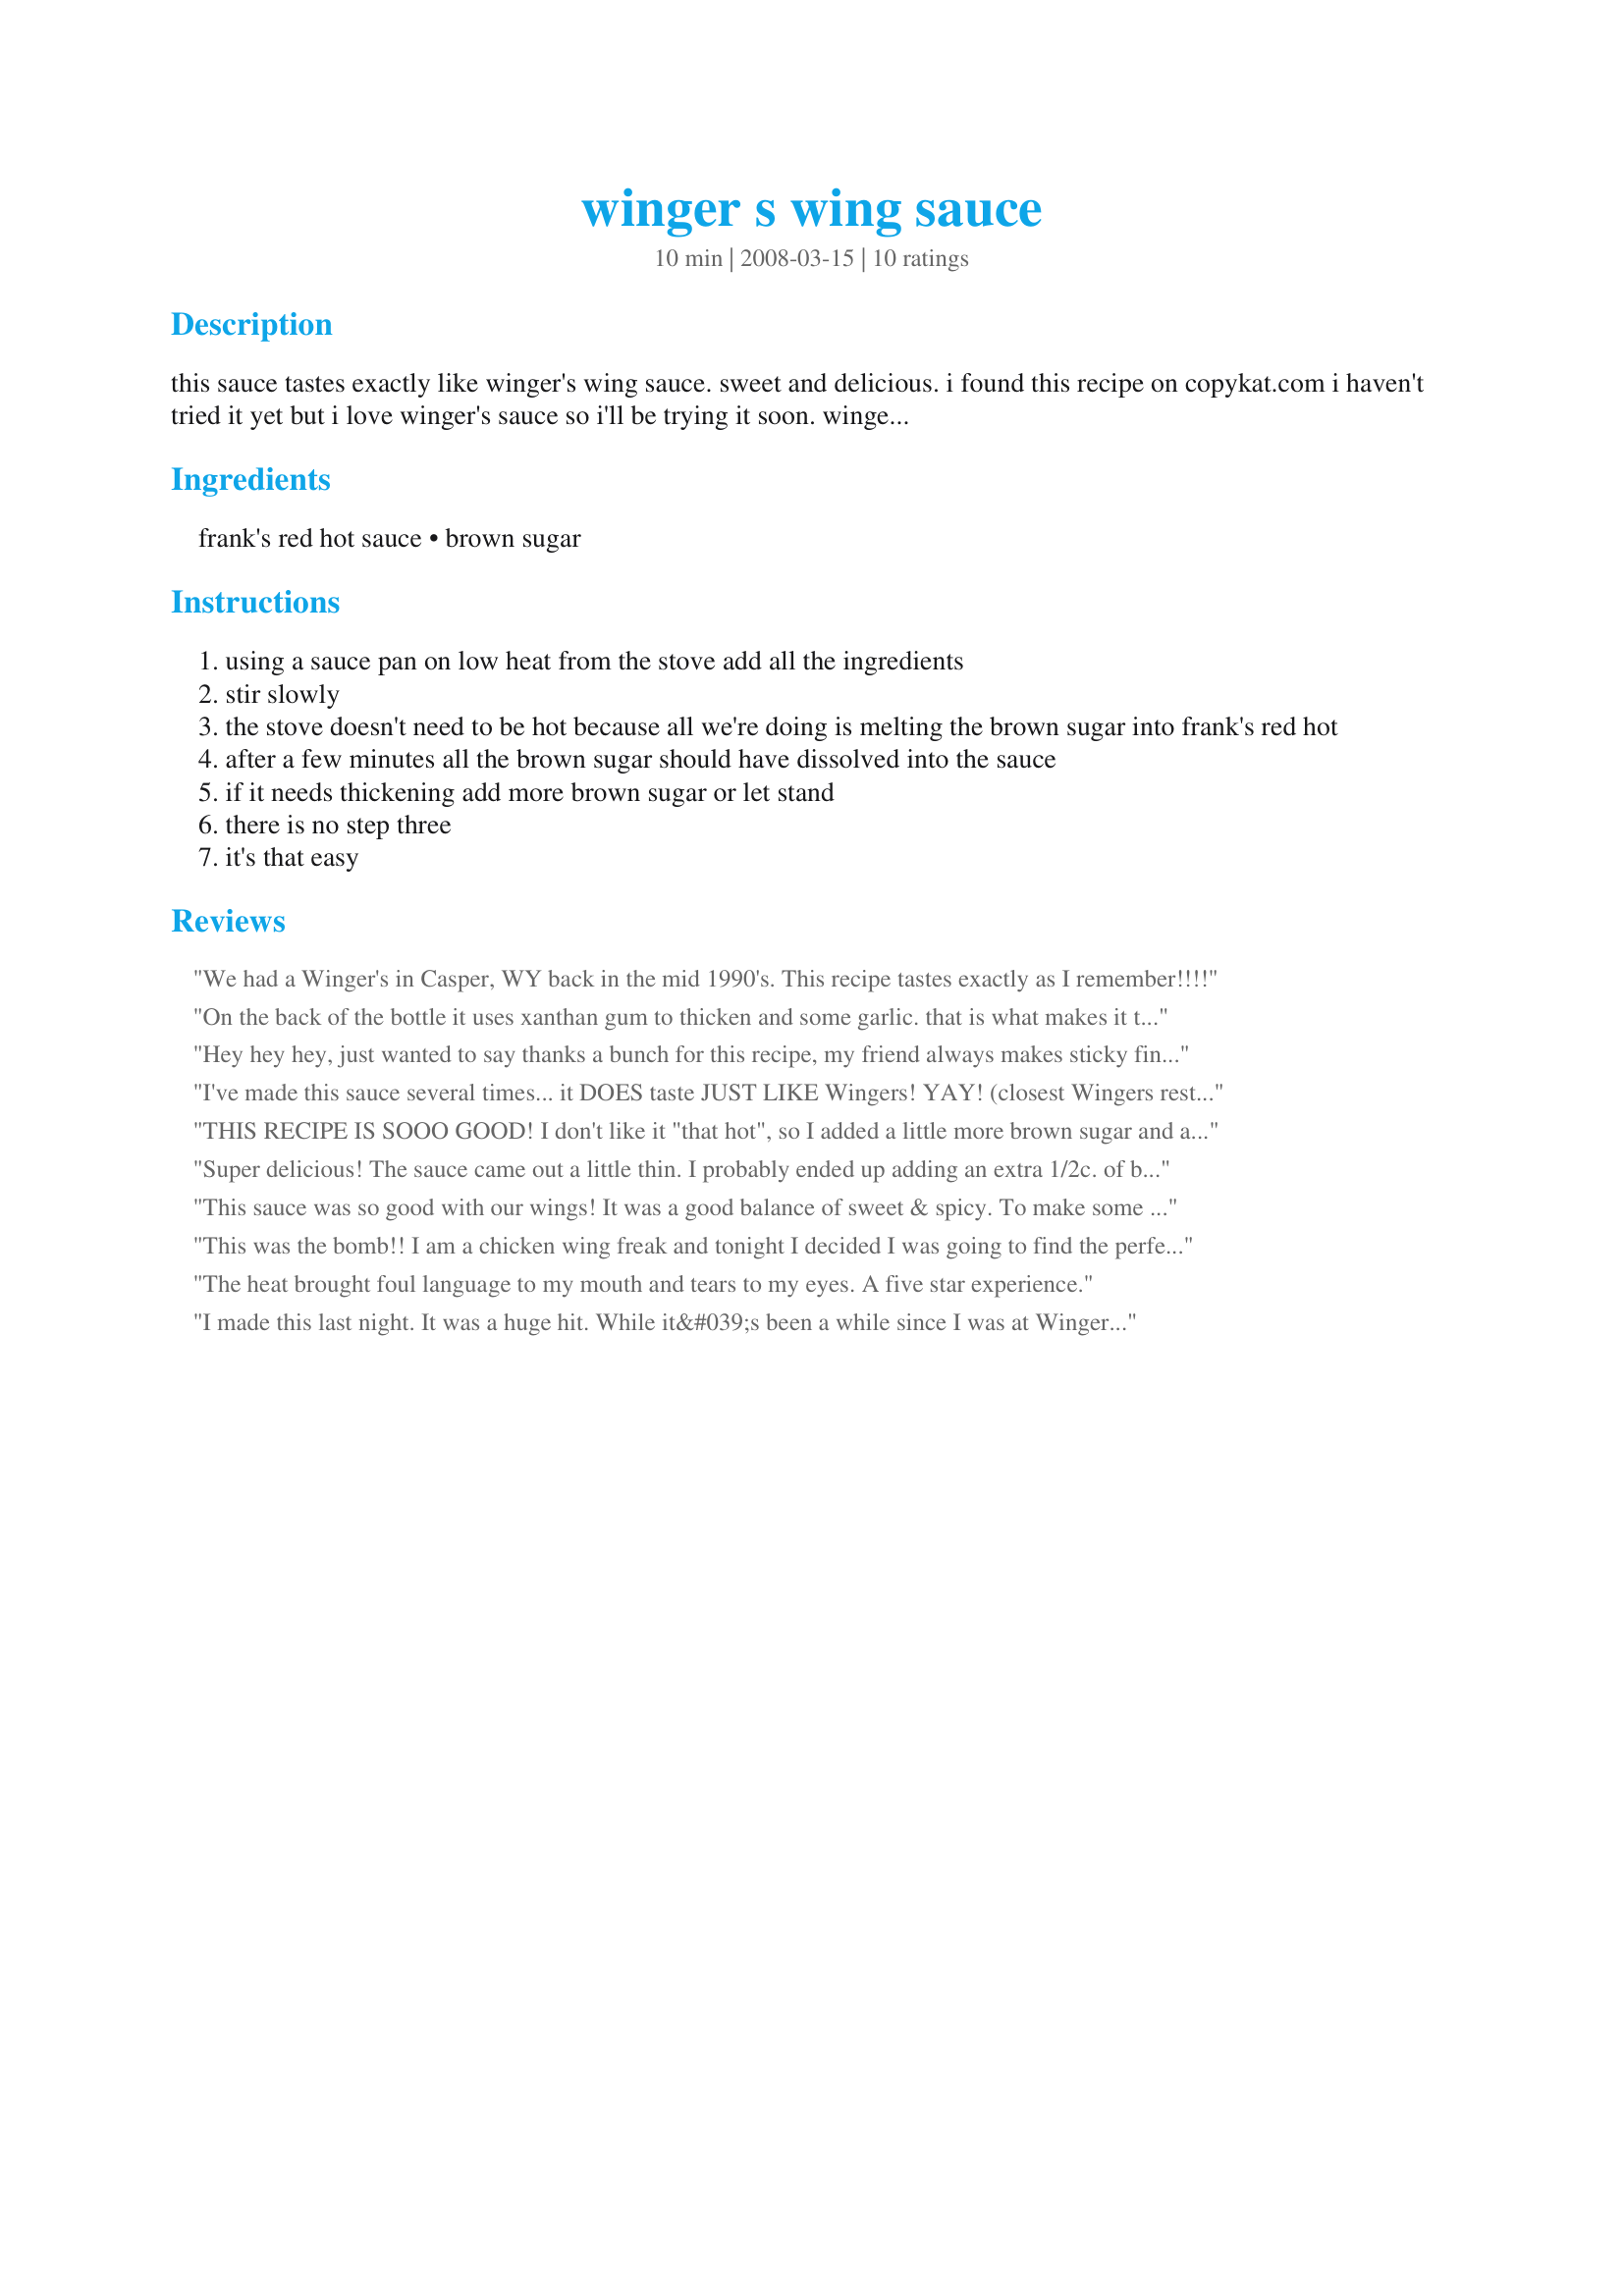
winger s wing sauce
Preparation time: 10 minutes

this sauce tastes exactly like winger's wing sauce. sweet and delicious.

i found this recipe on copykat.com i haven't tried it yet but i love winger's sauce so i'll be trying it soon. winger's wing sauce is great on more than just wings. i use it on chicken breast sandwiches, chicken and rice and even on veggies. it's got a sweet taste and goes great on just about anything.

Ingredients:
frank's red hot sauce, brown sugar

Steps:
using a sauce pan on low heat from the stove add all the ingredients
stir slowly
the stove doesn't need to be hot because all we're doing is melting the brown sugar into frank's red hot
after a few minutes all the brown sugar should have dissolved into the sauce
if it needs thickening add more brown sugar or let stand
there is no step three
it's that easy

Reviews:
We had a Winger's in Casper, WY back in the mid 1990's. This recipe tastes exactly as I remember!!!!
On the back of the bottle it uses xanthan gum to thicken and some garlic. that is what makes it thick and sticky.
Hey hey hey, just wanted to say thanks a bunch for this recipe, my friend always makes sticky fingers with this stuff and its soo good, he never told me the recipe though -_-<br/>Thank you for the simple ingredients!! really good :)
I've made this sauce several times... it DOES taste JUST LIKE Wingers! YAY! (closest Wingers restaurant to me is 90 miles!)<br/><br/> But it does not keep in the fridge - it turns grainey and hard. So I'm hoping to invent the same taste with corn syrup and molasses instead of brown sugar. Wish me luck!
THIS RECIPE IS SOOO GOOD! I don't like it "that hot", so I added a little more brown sugar and a little more water and have this in a plastic cupin the refridgerator, for when I get the urge to divulge myself. I get some boneless cooked chicken strips and put them in the Hot Oil Basket and add some french fries to go along with...then bring out the "sauce" and dip them all into it. BEST STUFF EVER!!
Super delicious! The sauce came out a little thin. I probably ended up adding an extra 1/2c. of brown sugar.
This sauce was so good with our wings! It was a good balance of sweet & spicy. To make some real sweet ones, I added another cup of brown sugar and it was delish too! Great recipe, so fast & easy!
This was the bomb!! I am a chicken wing freak and tonight I decided I was going to find the perfect sauce-I made 3 different kinds and this one won by a landslide. It was a little hot for me so I added a tablespoon of white sugar and a wee bit of garlic powder-wow-that was it for me. It was great! It was sweet and hot at the same time. Will make this from now on. Thanks so much for sharing this recipe. It is absolutely A1!!
The heat brought foul language to my mouth and tears to my eyes. A five star experience.
I made this last night. It was a huge hit. While it&#039;s been a while since I was at Winger&#039;s, I rate this sauce just above Winger&#039;s sauce. I believe this is just a bit hotter and I like it that way. Super easy, super fast, super good.

The only down side to this is that you take something reasonably healthy and add sugar to it.
